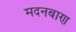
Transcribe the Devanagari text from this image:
मदनबाण